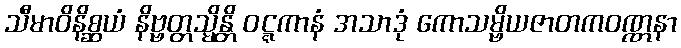
သီမာဝိနိစ္ဆယံ နိဗ္ဗတ္တသ္မိန္တိ ဝဋ္ဋကာနံ အသာဒုံ ကောသမ္ဗိယဇာတကဝဏ္ဏနာ